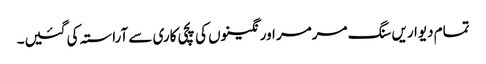
تمام دیواریں سنگ مرمر اور نگینوں کی پچی کاری سے آراستہ کی گئیں۔